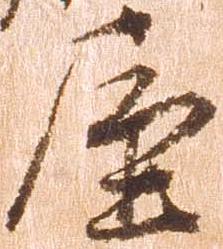
屋